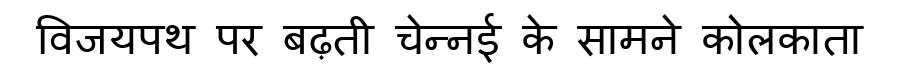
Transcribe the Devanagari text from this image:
विजयपथ पर बढ़ती चेन्नई के सामने कोलकाता